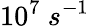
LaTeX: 10^{7}\ s^{-1}